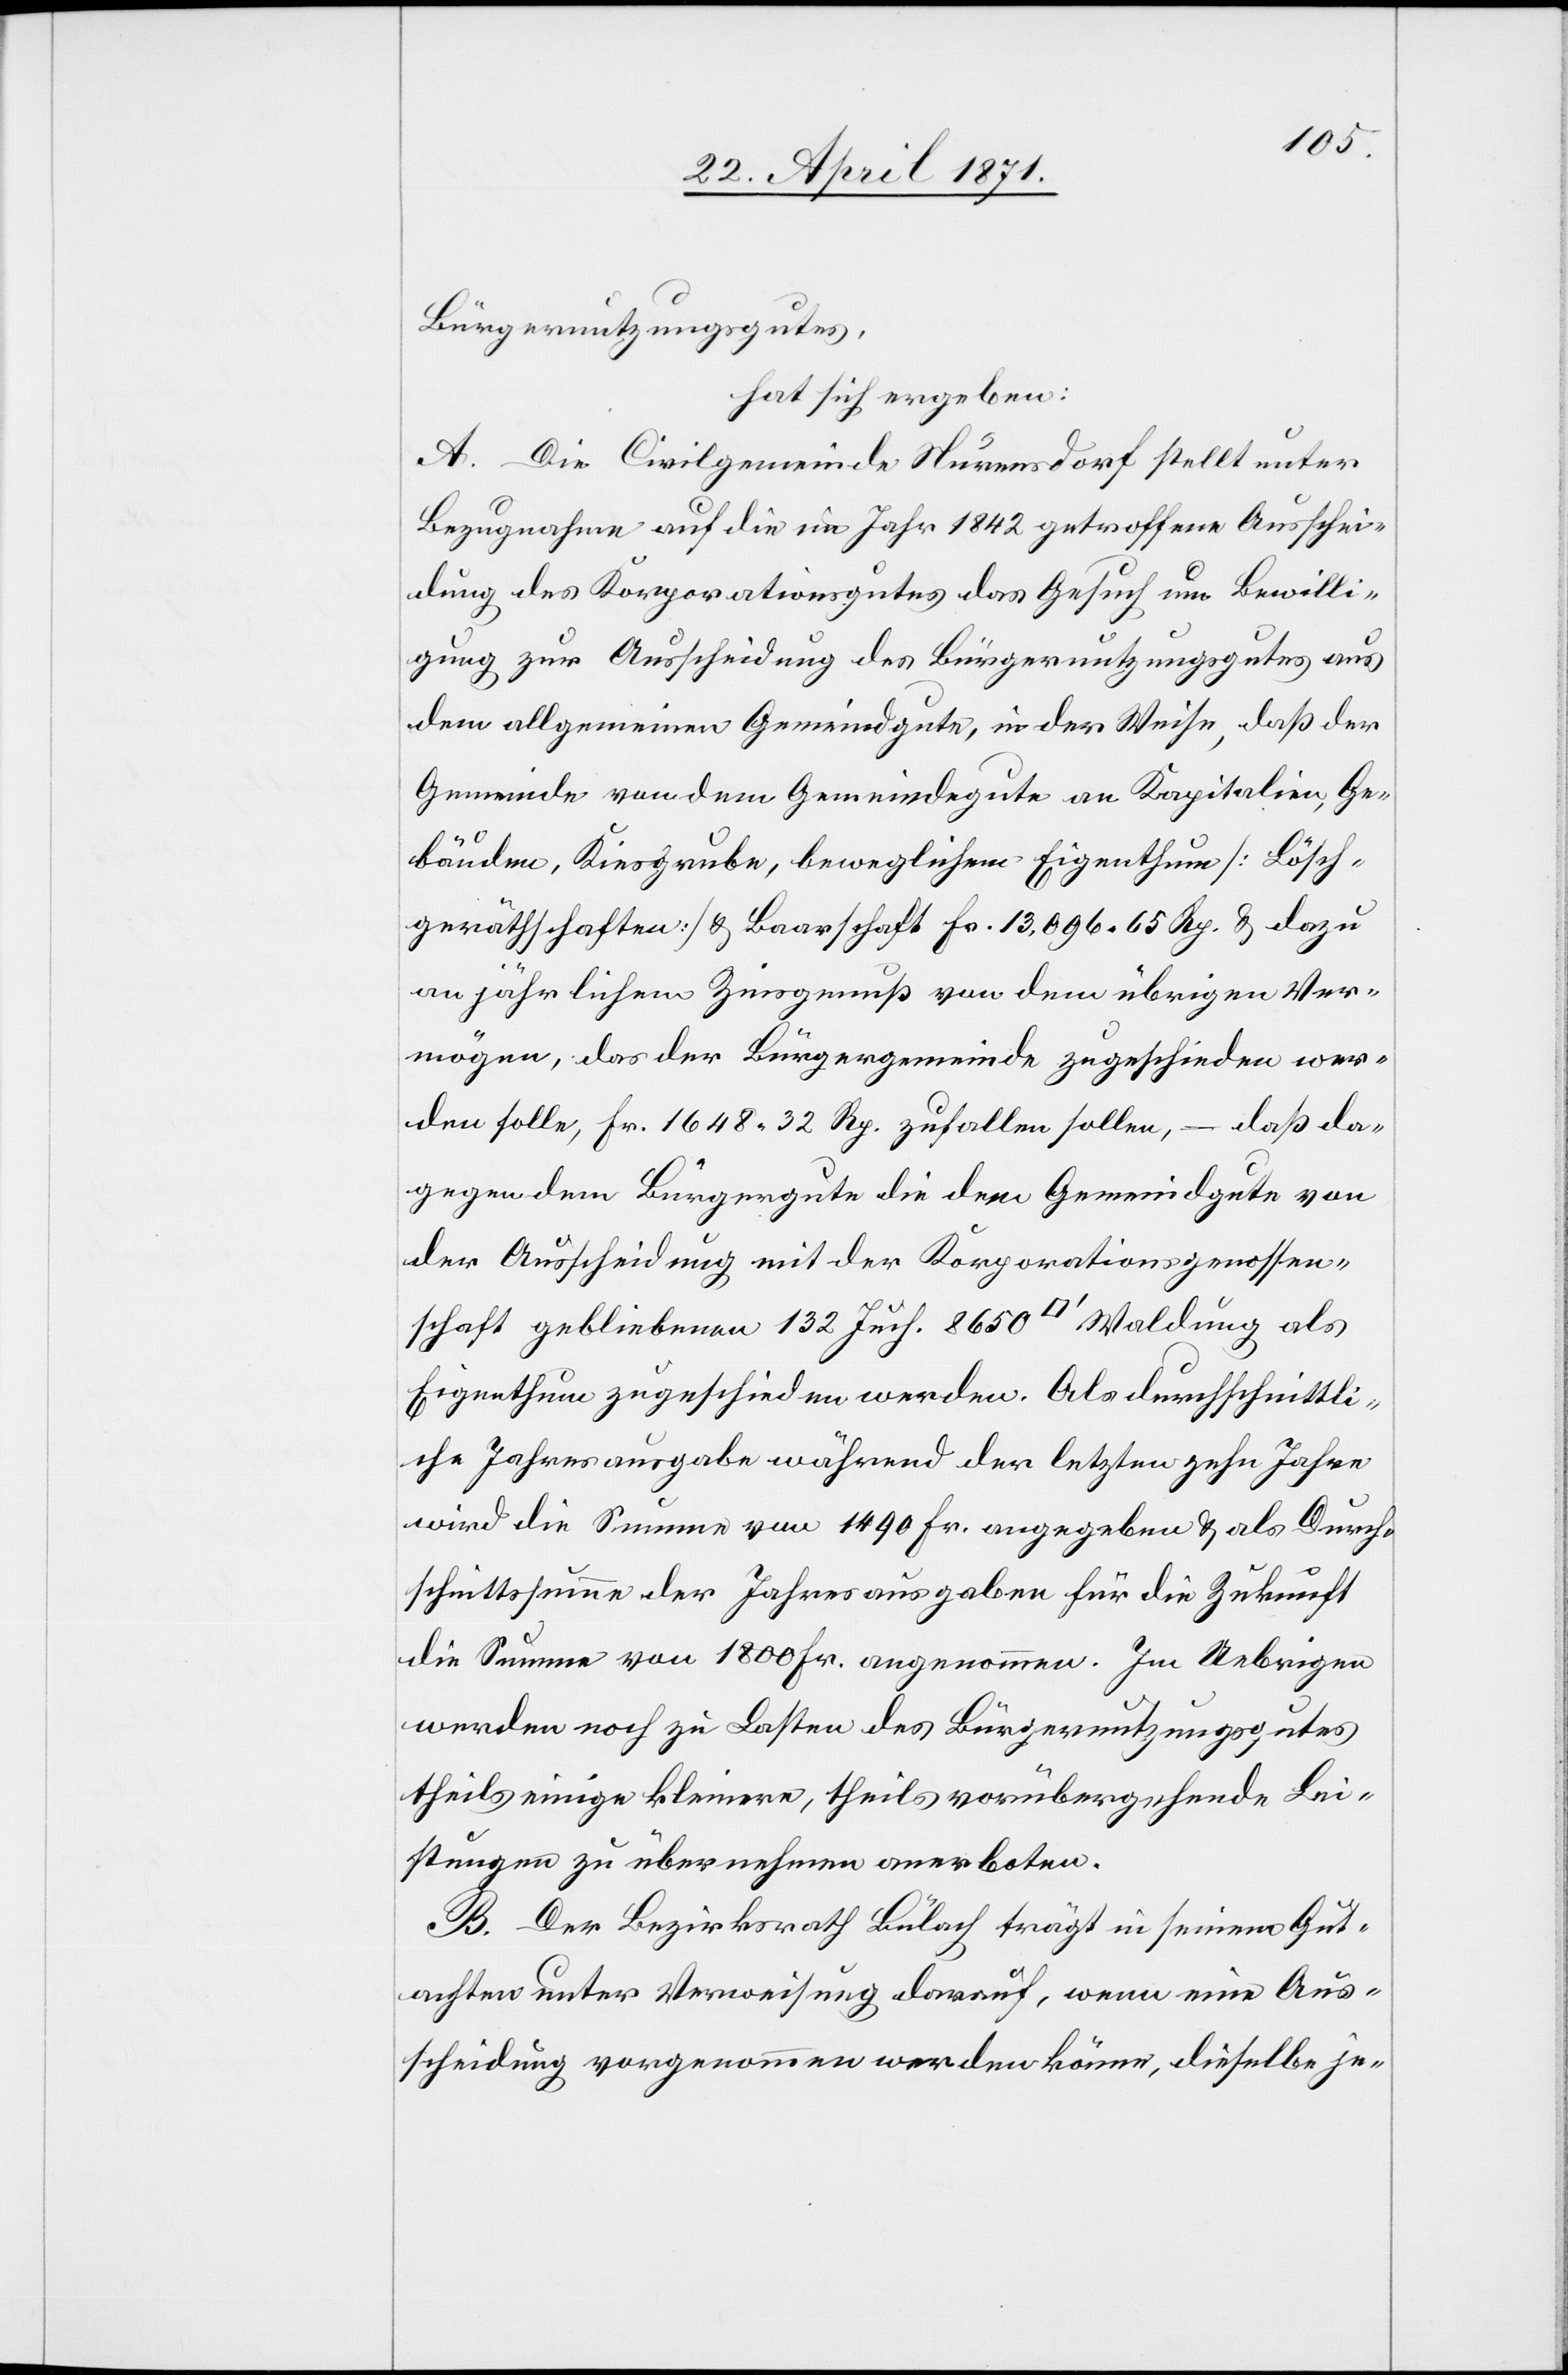
Bürgernutzungsgutes,
hat sich ergeben:
A. Die Civilgemeinde Nürensdorf stellt unter
Bezugnahme auf die im Jahr 1842 getroffene Ausschei¬
dung des Korporationsgutes das Gesuch um Bewilli¬
gung zur Ausscheidung des Bürgernutzungsgutes aus
dem allgemeinen Gemeindgute, in der Weise, daß der
Gemeinde von dem Gemeindegute an Kapitalien, Ge¬
bäuden, Kiesgrube, beweglichem Eigenthum [Lösch¬
geräthschaften] u. Baarschaft Fr. 13,096.65 Rp. u. dazu
an jährlichem Zinsgenuß von dem übrigen Ver¬
mögen, das der Bürgergemeinde zugeschieden wer¬
den solle, Fr. 1648.32 Rp. zufallen sollen, – daß da¬
gegen dem Bürgergute die dem Gemeindgute von
der Ausscheidung mit der Korporationsgenossen¬
schaft gebliebenen 132 Juch. 8650 [Quadratfuss] Waldung als
Eigenthum zugeschieden werden. Als durchschnittli¬
che Jahresausgabe während der letzten zehn Jahre
wird die Summe von 1490 Fr. angegeben u. als Durch¬
schnittsumme der Jahresausgaben für die Zukunft
die Summe von 1800 Fr. angenommen. Im Uebrigen
werden noch zu Lasten des Bürgernutzungsgutes
theils einige kleinere, theils vorübergehende Lei¬
stungen zu übernehmen anerboten.
B. Der Bezirksrath Bülach trägt in seinem Gut¬
achten unter Verweisung darauf, wenn eine Aus¬
scheidung vorgenommen werden könne, dieselbe je-